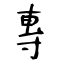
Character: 專